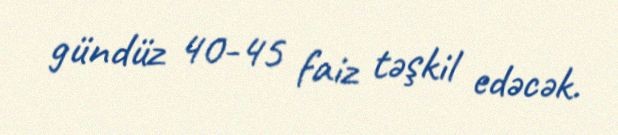
gündüz 40-45 faiz təşkil edəcək.